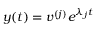
\boldsymbol { y } ( t ) = \boldsymbol { v } ^ { ( j ) } e ^ { \lambda _ { j } t }